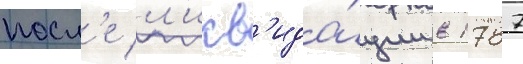
посл'е л'икв'ида́ции в 1787